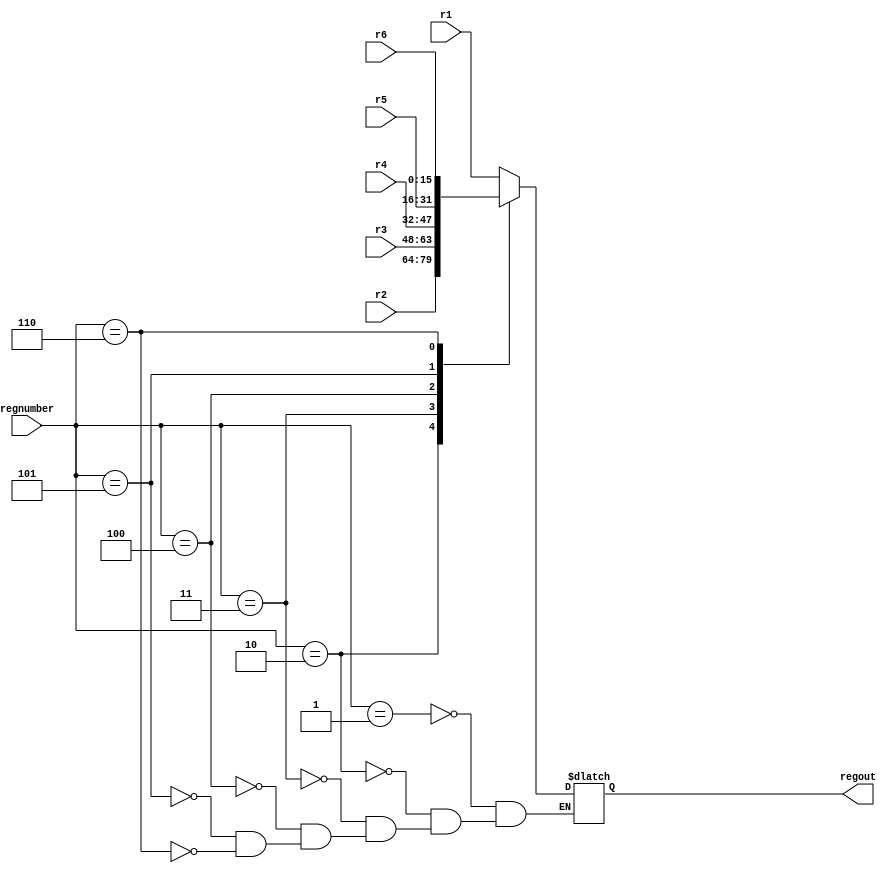
module regsMux(r1, r2, r3, r4, r5, r6, regnumber, regout);

	input [15:0] r1, r2, r3, r4, r5, r6;
	input [3:0] regnumber;
	output reg [15:0] regout;

	always@(*)
	begin
		case(regnumber)
			3'b0001: begin regout <= r1; end
			3'b0010: begin regout <= r2; end
			3'b0011: begin regout <= r3; end
			3'b0100: begin regout <= r4; end
			3'b0101: begin regout <= r5; end
			3'b0110: begin regout <= r6; end
			endcase
	end

endmodule